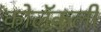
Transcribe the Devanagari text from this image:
कोलॅकली